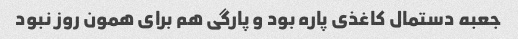
جعبه دستمال کاغذی پاره بود و پارگی هم برای همون روز نبود